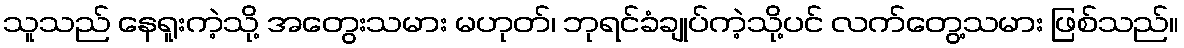
သူသည် နေရူးကဲ့သို့ အတွေးသမား မဟုတ်၊ ဘုရင်ခံချုပ်ကဲ့သို့ပင် လက်တွေ့သမား ဖြစ်သည်။